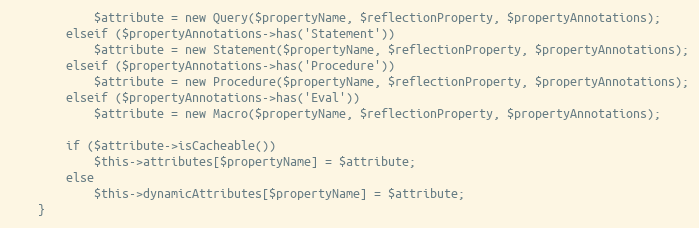
Language: PHP
			$attribute = new Query($propertyName, $reflectionProperty, $propertyAnnotations);
		elseif ($propertyAnnotations->has('Statement'))
			$attribute = new Statement($propertyName, $reflectionProperty, $propertyAnnotations);
		elseif ($propertyAnnotations->has('Procedure'))
			$attribute = new Procedure($propertyName, $reflectionProperty, $propertyAnnotations);
		elseif ($propertyAnnotations->has('Eval'))
			$attribute = new Macro($propertyName, $reflectionProperty, $propertyAnnotations);

		if ($attribute->isCacheable())
			$this->attributes[$propertyName] = $attribute;
		else
			$this->dynamicAttributes[$propertyName] = $attribute;
	}